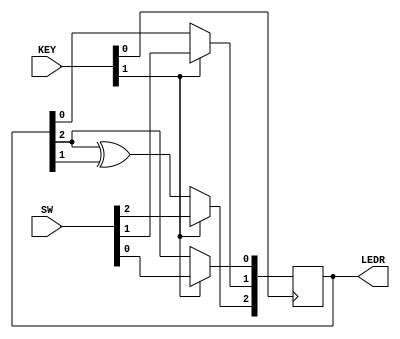
/*

Copyright 2022 Marc Ketel
SPDX-License-Identifier: Apache-2.0

*/

`default_nettype none

module top_module (
    input wire [2:0] SW,
    input wire [1:0] KEY,
    output wire [2:0] LEDR
);

  reg [2:0] q = 3'b0;
  assign LEDR = q;

  always @(posedge KEY[0]) begin
    if (KEY[1]) q <= SW;
    else begin
      q[2] <= q[2] ^ q[1];
      q[1] <= q[0];
      q[0] <= q[2];
    end
  end

endmodule